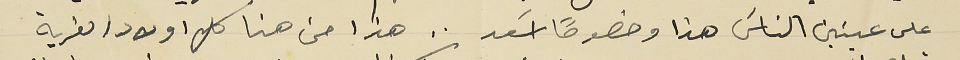
على عينين الناسَ هذا وخصوصاً اسعد . . هذا من هنا كل اولاد القرية